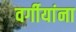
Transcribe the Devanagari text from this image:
वर्गीयांना